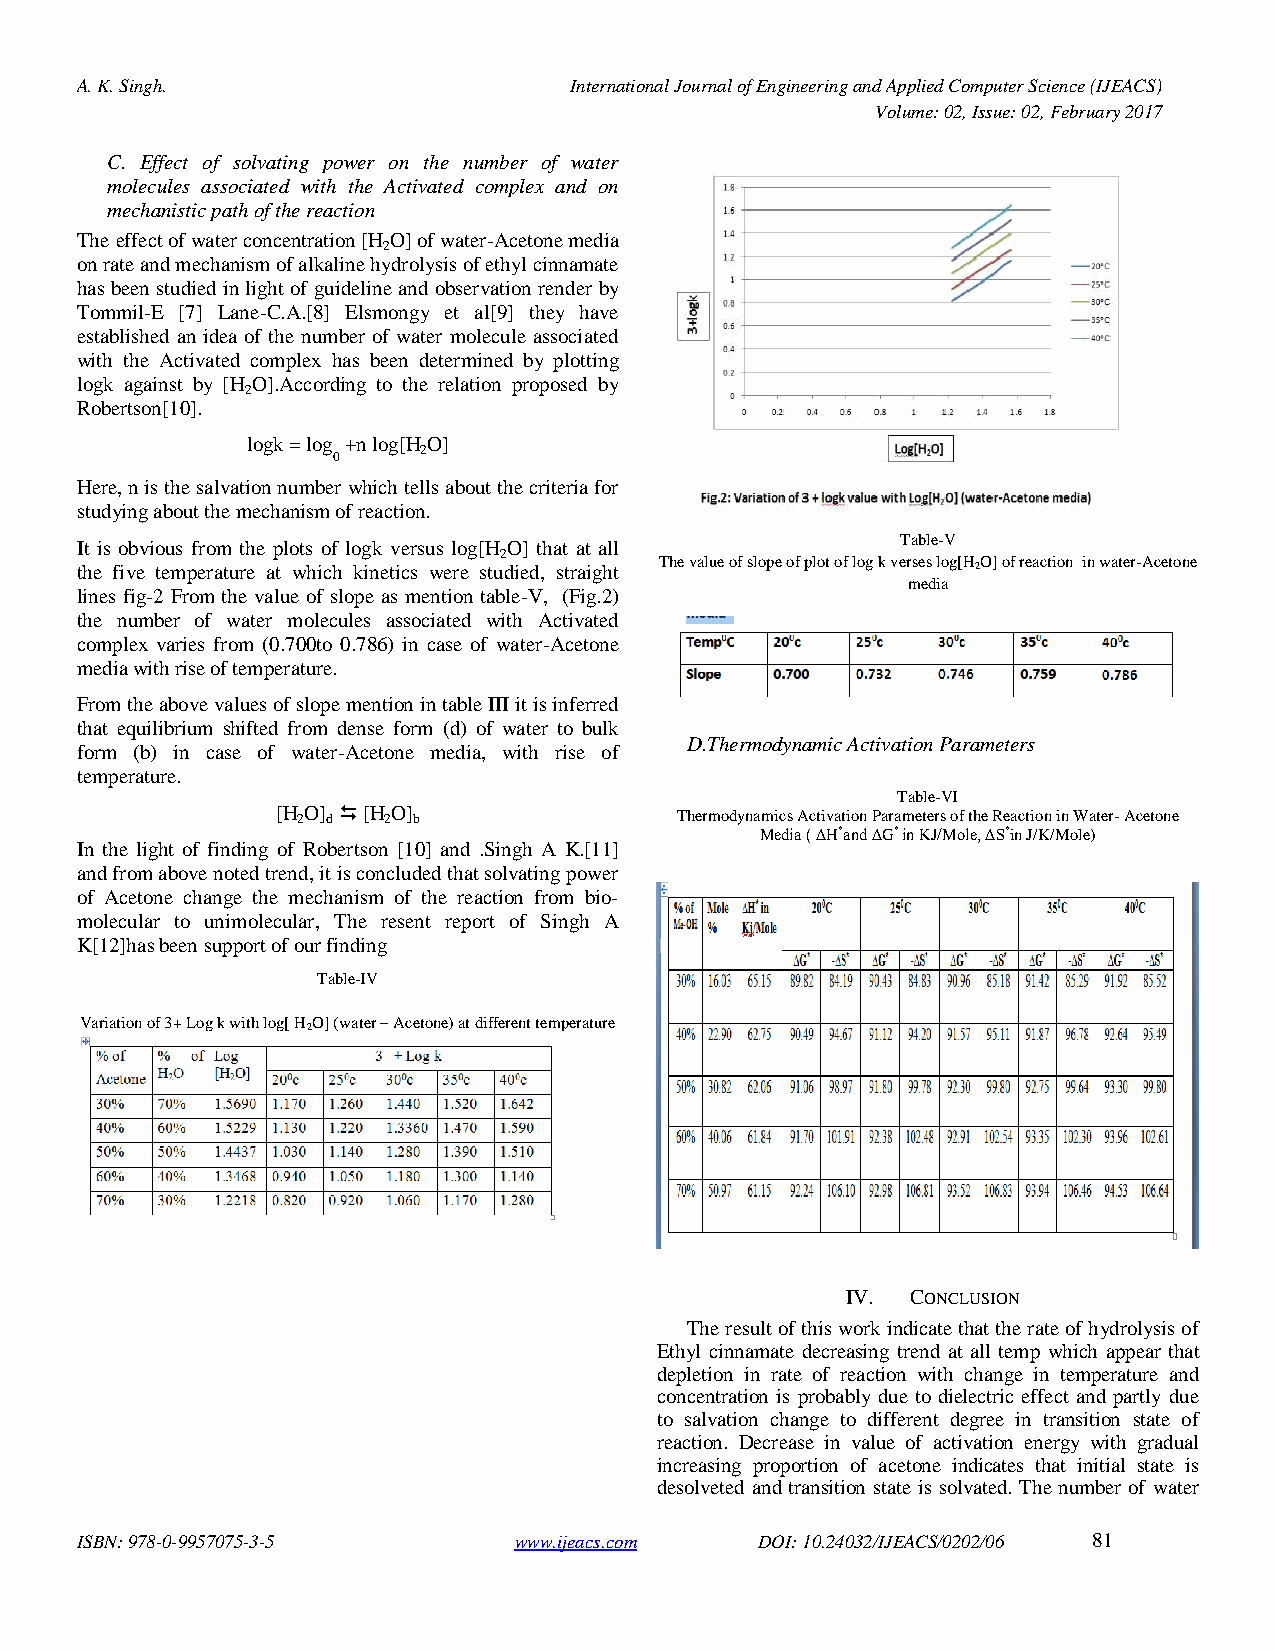
A. K. Singh.                     International Journal of Engineering and Applied Computer Science (IJEACS)
 Volume: 02, Issue: 02, February 2017
 C. Effect of solvating power on the number of water
 molecules associated with the Activated complex and on
 mechanistic path of the reaction
 The effect of water concentration [H O] of water-Acetone media
 2
 on rate and mechanism of alkaline hydrolysis of ethyl cinnamate
 has been studied in light of guideline and observation render by
 Tommil-E [7] Lane-C.A.[8] Elsmongy et al[9] they have
 established an idea of the number of water molecule associated
 with the Activated complex has been determined by plotting
 logk against by [H O].According to the relation proposed by
 2
 Robertson[10].
 logk = log +n log[H O]
 2
 0
 Here, n is the salvation number which tells about the criteria for
 studying about the mechanism of reaction.
 Table-V
 It is obvious from the plots of logk versus log[H O] that at all
 2
 The value of slope of plot of log k verses log[HO] of reaction in water-Acetone
 the five temperature at which kinetics were studied, straight 2
 media
 lines fig-2 From the value of slope as mention table-V, (Fig.2)
 the number of water molecules associated with Activated
 complex varies from (0.700to 0.786) in case of water-Acetone
 media with rise of temperature.
 From the above values of slope mention in table III it is inferred
 that equilibrium shifted from dense form (d) of water to bulk
 D.Thermodynamic Activation Parameters
 form (b) in case of water-Acetone media, with rise of
 temperature.
 Table-VI
 [H 2O] d  [H 2O] b        Thermodynamics Activation Parameters of the Reaction in Water- Acetone
 Media ( ∆H*and ∆G* in KJ/Mole, ∆S*in J/K/Mole)
 In the light of finding of Robertson [10] and .Singh A K.[11]
 and from above noted trend, it is concluded that solvating power
 of Acetone change the mechanism of the reaction from bio-
 molecular to unimolecular, The resent report of Singh A
 K[12]has been support of our finding
 Table-IV
 Variation of 3+ Log k with log[ HO] (water – Acetone) at different temperature
 2
 IV. CONCLUSION
 The result of this work indicate that the rate of hydrolysis of
 Ethyl cinnamate decreasing trend at all temp which appear that
 depletion in rate of reaction with change in temperature and
 concentration is probably due to dielectric effect and partly due
 to salvation change to different degree in transition state of
 reaction. Decrease in value of activation energy with gradual
 increasing proportion of acetone indicates that initial state is
 desolveted and transition state is solvated. The number of water
 ISBN: 978-0-9957075-3-5      www.ijeacs.com  DOI: 10.24032/IJEACS/0202/06 81